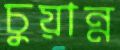
চুয়ান্ন